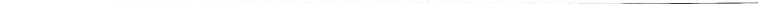
___